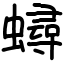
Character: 蟳